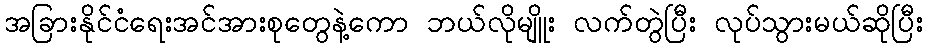
အခြားနိုင်ငံရေးအင်အားစုတွေနဲ့ကော ဘယ်လိုမျိူး လက်တွဲပြီး လုပ်သွားမယ်ဆိုပြီး